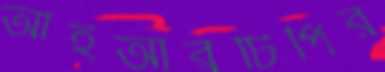
আইআরটিপির